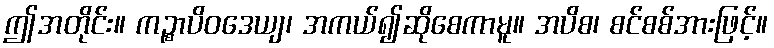
ဤအတိုင်း။ ကဉ္စာပိဝဒေယျ၊ အကယ်၍ဆိုစေကာမူ။ အပိစ၊ စင်စစ်အားဖြင့်။